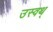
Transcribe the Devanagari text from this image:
उस्वथ्